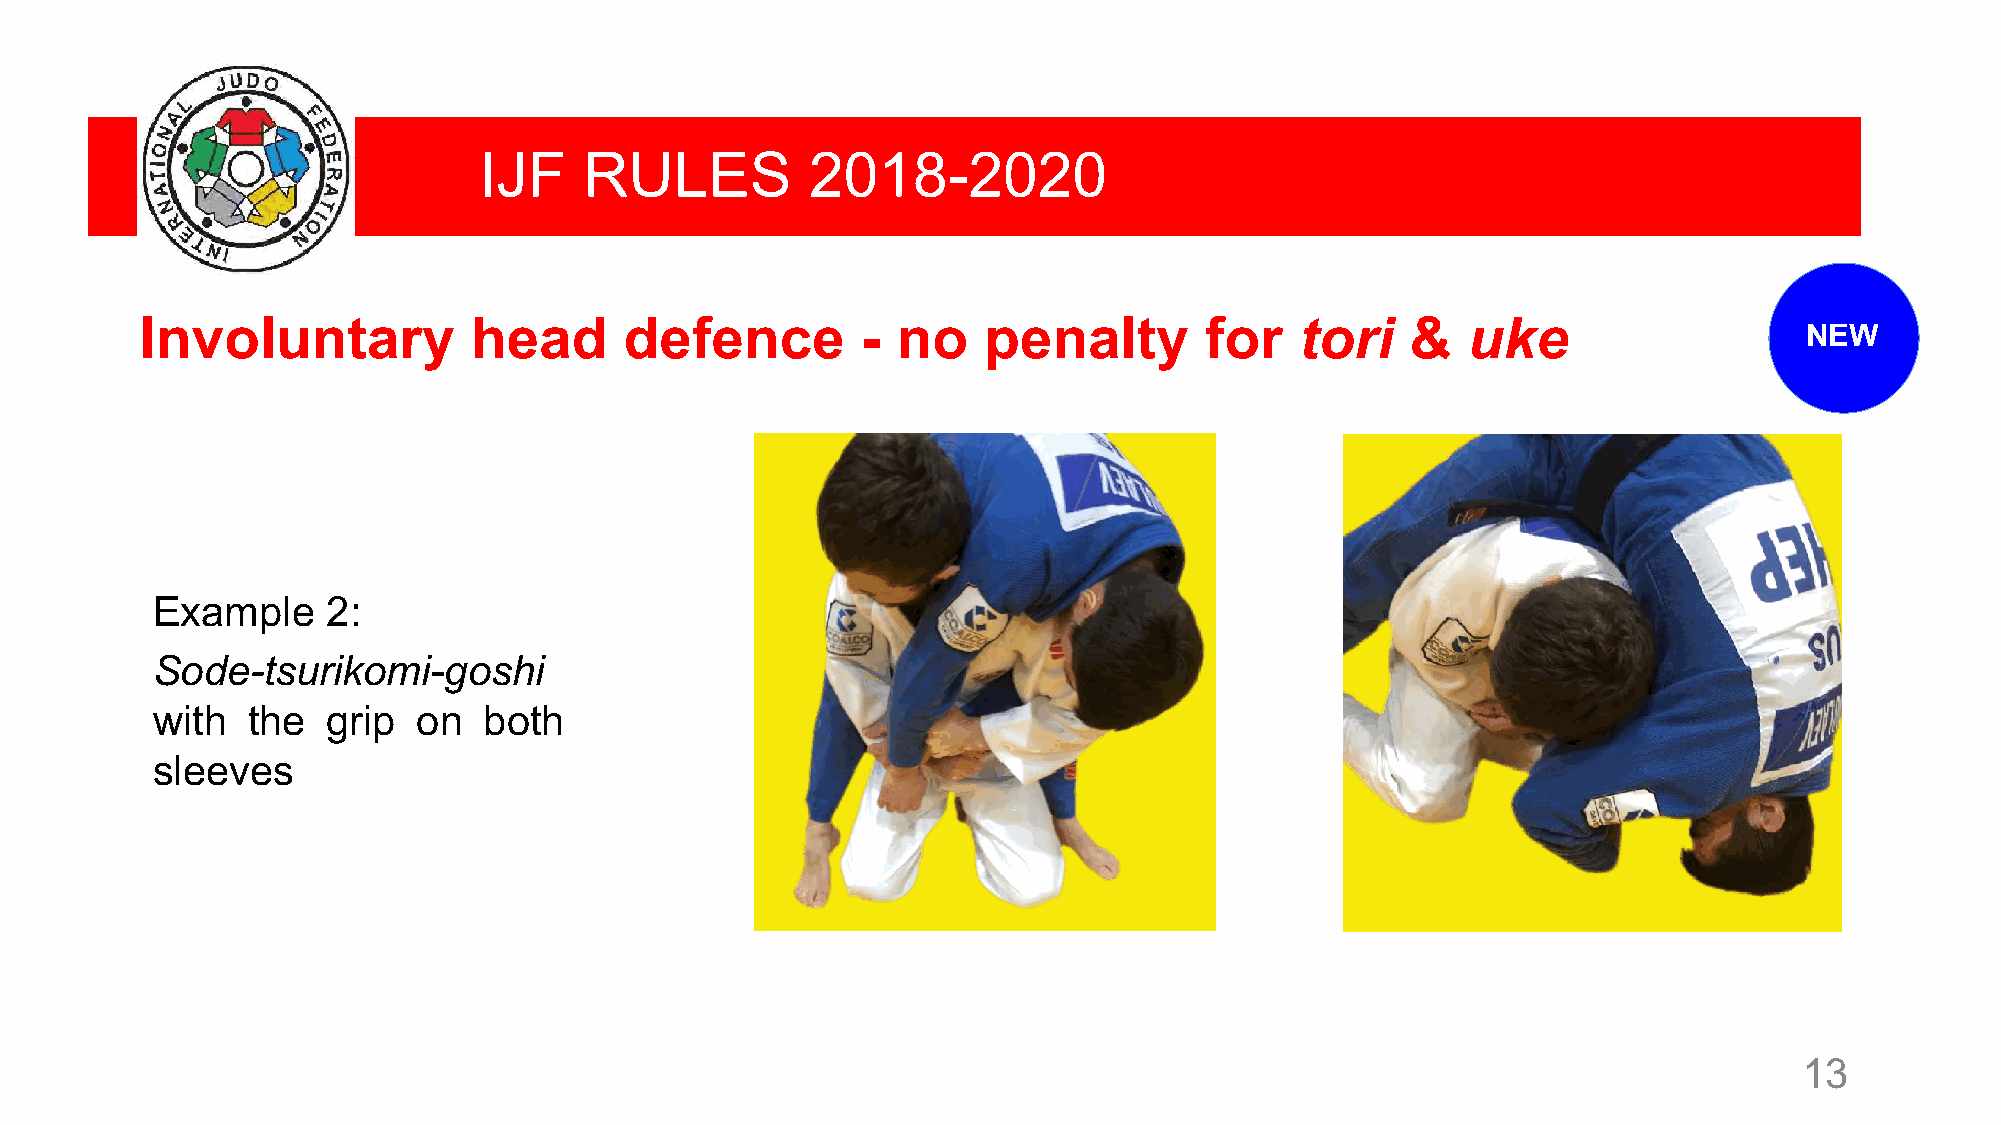
IJF    RULES          2018-2020
 Involuntary           head      defence         - no    penalty        for   tori   &   uke
 NEW
 Example     2:
 Sode-tsurikomi-goshi
 with  the   grip  on  both
 sleeves
 13